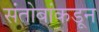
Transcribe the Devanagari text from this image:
संतोबांकडून